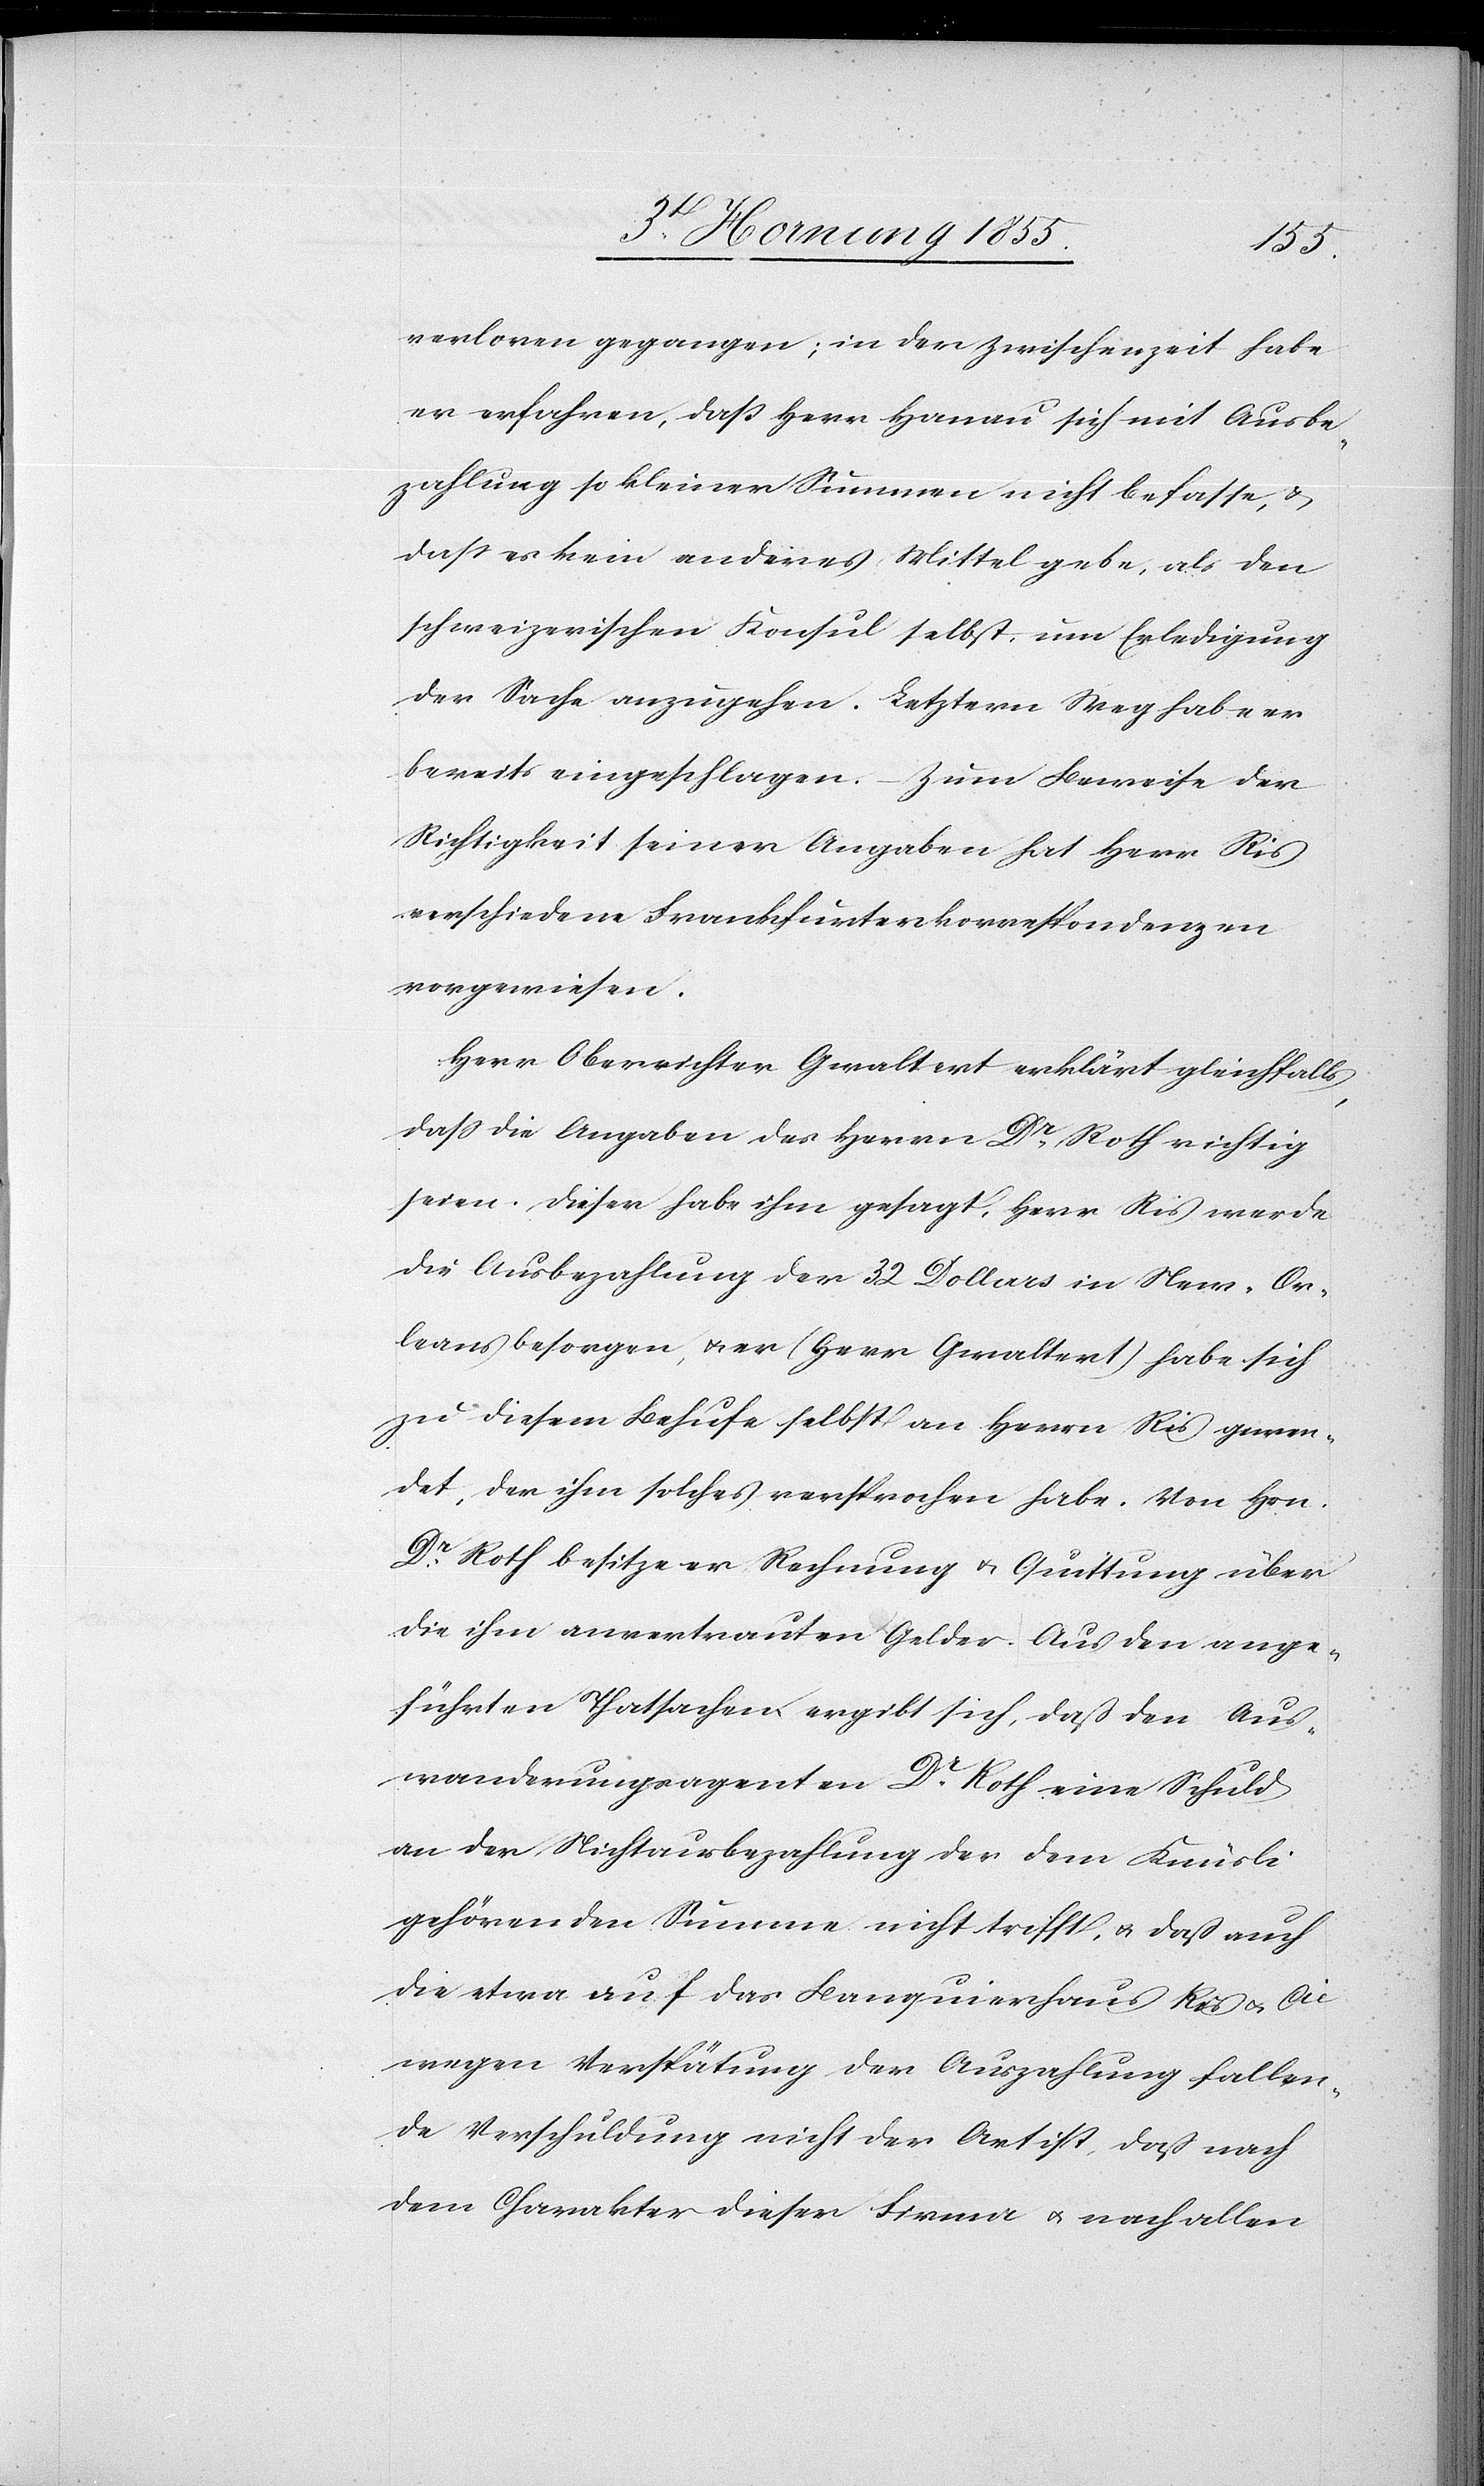
verloren gegangen; in der Zwischenzeit habe
er erfahren, daß Herr Hanau sich mit Ausbe¬
zahlung so kleiner Summen nicht befasse, &
dass es kein anderes Mittel gebe, als den
schweizerischen Konsul selbst, um Erledigung
der Sache anzugehen. Letztern Weg habe er
bereits eingeschlagen. – Zum Beweise der
Richtigkeit seiner Angaben hat Herr Ris
verschiedene Frankfurterkorrespondenzen
vorgewiesen.
Herr Oberrichter Gwaltert erklärt gleichfalls,
dass die Angaben des Herrn Dr. Roth richtig
seien. Dieser habe ihm gesagt, Herr Ris werde
die Ausbezahlung der 32 Dollars in New-Or¬
leans besorgen, & er (Herr Gwaltert) habe sich
zu diesem Behufe selbst an Herrn Ris gewen¬
det, der ihm solches versprochen habe. Von Hrn.
Dr. Roth besitze er Rechnung & Quittung über
die ihm anvertrauten Gelder. Aus den ange¬
führten Thatsachen ergibt sich, daß den Aus¬
wanderungsagenten Dr. Roth eine Schuld
an der Nichtausbezahlung der dem Knüsli
gehörenden Summe nicht trifft, & dass auch
die etwa auf das Banquierhaus Ris & Cie
wegen Verspätung der Auszahlung fallen¬
de Verschuldung nicht der Art ist, dass nach
dem Charakter dieser Firma & nach allen